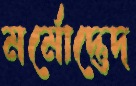
মর্মোদ্ভেদ